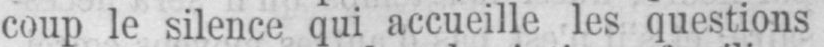
coup le silence qui accueille les questions